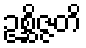
ဥစ္ဆိဇ္ဇတိ